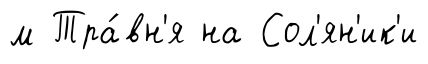
м Тра́вн'я на Сол'ян'ик'и